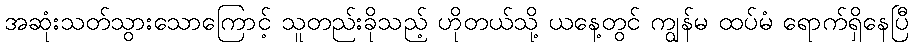
အဆုံးသတ်သွားသောကြောင့် သူတည်းခိုသည့် ဟိုတယ်သို့ ယနေ့တွင် ကျွန်မ ထပ်မံ ရောက်ရှိနေပြီ